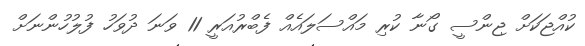
ކުއްޖަކަށް ޖިންސީ ގޯނާ ކުރި މައްސަލައެއް ފެބްރުއަރީ 11 ވަނަ ދުވަހު ފުލުހުންނަށް